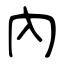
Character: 內